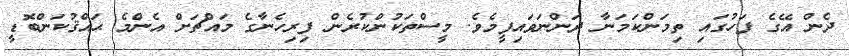
ދެން އޭގެ ފަހުގައި ތިމަންކަމަނާ ދަންނަވައިފީމެވެ. މީސްތަކުންކުރެން ފިރިހެނާގެ މައްޗަށް އެންމެ ޙައްޤުކަންބޮޑީ